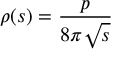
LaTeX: \rho ( s ) = \frac { p } { 8 \pi \sqrt { s } }